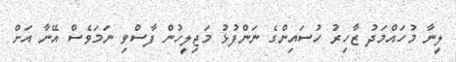
ލީނާ މުހައްމަދު ޒާހިރު ހުސައިންގެ ނަންފުޅު މަޖިލީހުން ފާސްވި ނަމަވެސް އޭނާ އަށް